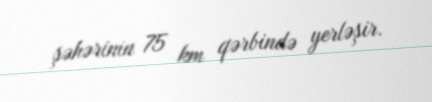
şəhərinin 75 km qərbində yerləşir.